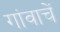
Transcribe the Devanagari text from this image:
गांवाचें